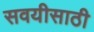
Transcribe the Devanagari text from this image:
सवयीसाठी